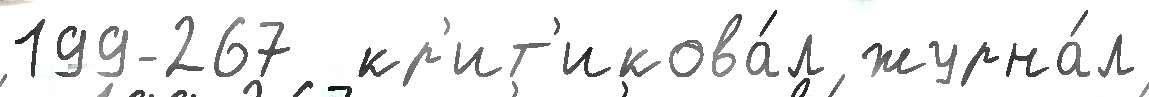
199-267  кр'ит'икова́л журна́л